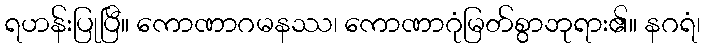
ရဟန်းပြုပြီ။ ကောဏာဂမနဿ၊ ကောဏာဂုံမြတ်စွာဘုရား၏။ နဂရံ၊